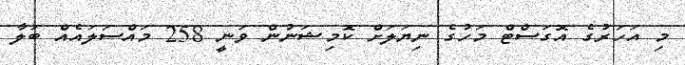
މި އަހަރުގެ އޮގަސްޓް މަހުގެ ނިޔަލަށް ކޮމިޝަނުން ވަނީ 258 މައްސަލައެއް ބަލާ